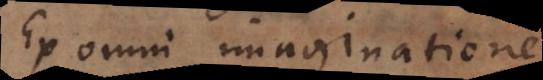
Ex omni imaginatione